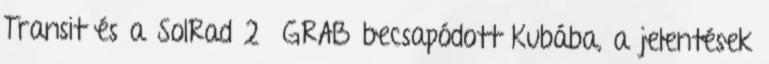
Transit és a SolRad 2 GRAB becsapódott Kubába, a jelentések